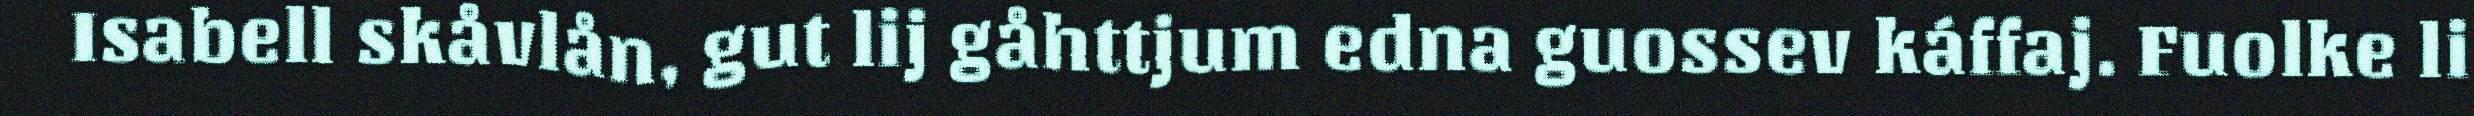
Isabell skåvlån, gut lij gåhttjum edna guossev káffaj. Fuolke li